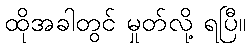
ထိုအခါတွင် မှုတ်လို့ ရပြီ။